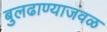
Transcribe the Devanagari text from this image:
बुलढाण्याजवळ